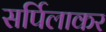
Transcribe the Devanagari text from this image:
सर्पिलाकर